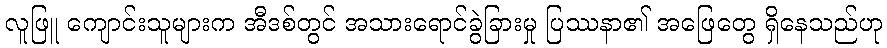
လူဖြူ ကျောင်းသူများက အီဒစ်တွင် အသားရောင်ခွဲခြားမှု ပြဿနာ၏ အဖြေတွေ ရှိနေသည်ဟု